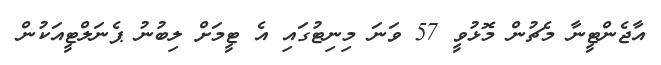
އާޖެންޓީނާ މެޗުން މޮޅުވީ 57 ވަނަ މިނިޓުގައި އެ ޓީމަށް ލިބުނު ޕެނަލްޓީއަކުން